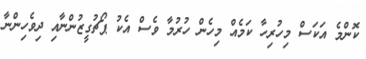
ކޮންމެ އަކަސް މިހުރިހާ ކަމެއް މިހެން ހުރުމާ ވެސް އެކު ޕޯޗުގީޒުންނާއި ދިވެހިންނާ